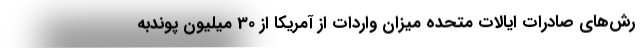
رش‌های صادرات ایالات متحده میزان واردات از آمریکا از 30 میلیون پوندبه